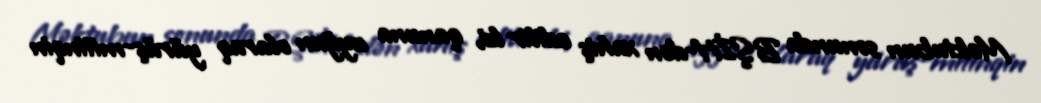
Məktubun sonunda BŞİH-dən xahiş edilir ki, qanuna uyğun olaraq yürüş-mitinqin